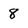
Character: 8